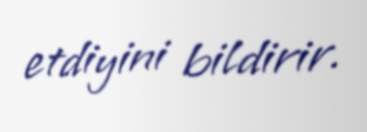
etdiyini bildirir.